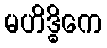
မဟိဒ္ဓိကေ